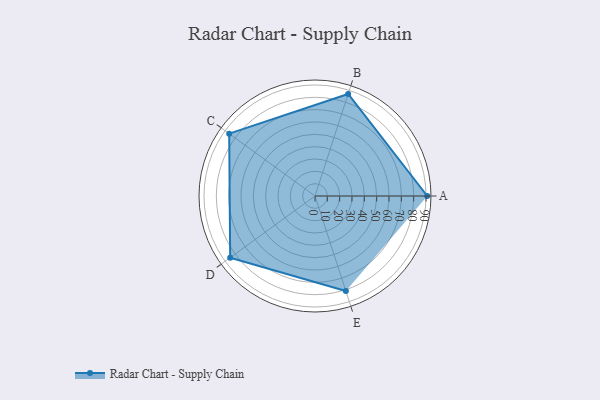
{"axis": {"x": "Skill", "y": "Score"}, "legend": ["Profile"], "data": [{"x": "A", "y": 91.0, "type": "Profile"}, {"x": "B", "y": 87.0, "type": "Profile"}, {"x": "C", "y": 86.0, "type": "Profile"}, {"x": "D", "y": 85.0, "type": "Profile"}, {"x": "E", "y": 81.0, "type": "Profile"}]}